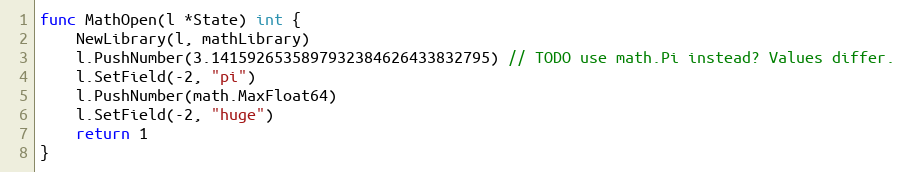
Language: Go
func MathOpen(l *State) int {
	NewLibrary(l, mathLibrary)
	l.PushNumber(3.1415926535897932384626433832795) // TODO use math.Pi instead? Values differ.
	l.SetField(-2, "pi")
	l.PushNumber(math.MaxFloat64)
	l.SetField(-2, "huge")
	return 1
}